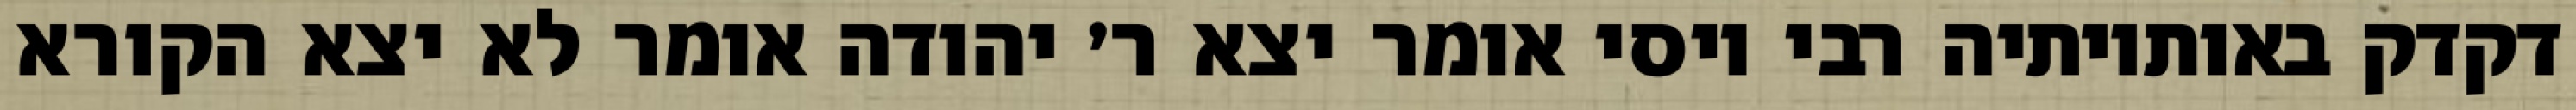
דקדק באותיותיה רבי יוסי אומר יצא ר׳ יהודה אומר לא יצא הקורא